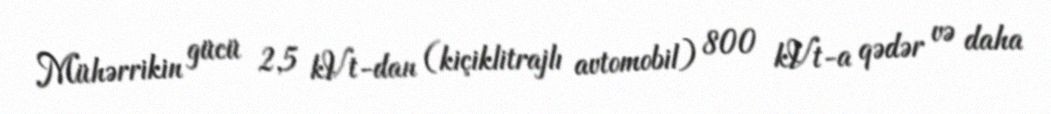
Mühərrikin gücü 2,5 kVt-dan (kiçiklitrajlı avtomobil) 800 kVt-a qədər və daha